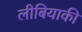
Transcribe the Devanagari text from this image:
लीबियाकी